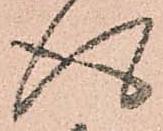
得